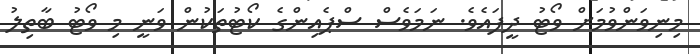
މިނިވަންވުމަށް ވޯޓު ދީފައެވެ. ނަމަވެސް ސްޕެއިންގެ ކޯޓުތަކުން ވަނީ މި ވޯޓު ބާތިލު